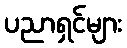
ပညာရှင်များ